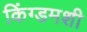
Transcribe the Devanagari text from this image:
किंग्डमशी